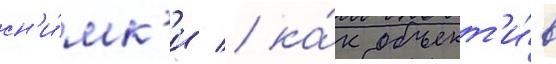
сн'и́мк'и / ка́к объект'и́в